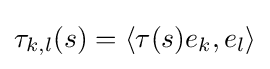
\tau _{k,l}(s)=\langle \tau (s)e_{k},e_{l}\rangle